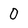
Character: 0